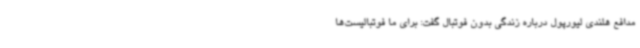
مدافع هلندی لیورپول درباره زندگی بدون فوتبال گفت: برای ما فوتبالیست‌ها